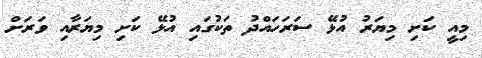
މިއީ ކަށި މިޔަރު އުޅޭ ސަރަހައްދު ތަކުގައި އުޅޭ ކަށި މިޔަރާއި ވަރަށް